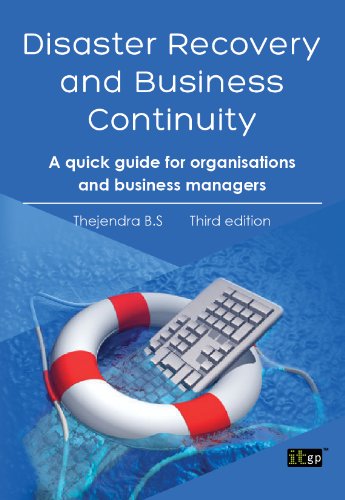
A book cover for Disaster Recovery and Business Continuity: A quick guide for organisations and business managers; Thejendra B.S; Business & Money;